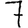
Digit: 7